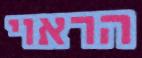
הראוי